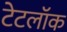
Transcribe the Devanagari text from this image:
टेटलॉक